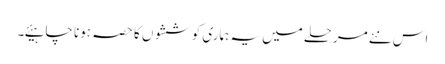
اس نئے مرحلے میں یہ ہماری کوششوں کا حصہ ہونا چاہیئے۔